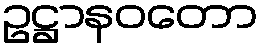
ဥဋ္ဌာနဝတော